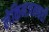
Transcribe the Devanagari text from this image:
लेकिनजनवरी